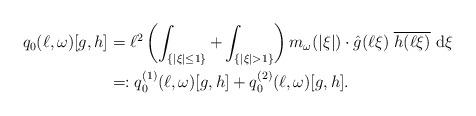
LaTeX: \begin{align*}q_0(\ell, \omega)[g,h] &= \ell^2 \left(\int_{\{|\xi| \le 1 \} } + \int_{\{|\xi| > 1 \}} \right) m_\omega(|\xi|) \cdot \hat g(\ell \xi) \; \overline{h(\ell \xi)} \ \mathrm{d} \xi \\&=: q_0^{(1)}(\ell,\omega) [g,h] + q_0^{(2)}(\ell,\omega)[g,h] .\end{align*}